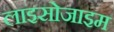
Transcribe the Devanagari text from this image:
लाइसोजाइम